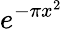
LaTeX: e^{-\pi x^{2}}